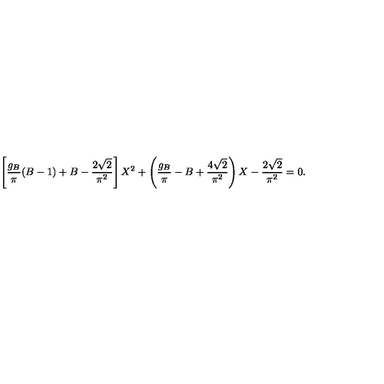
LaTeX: \left[ { \frac { g _ { B } } { \pi } } ( B - 1 ) + B - { \frac { 2 \sqrt { 2 } } { \pi ^ { 2 } } } \right] X ^ { 2 } + \left( { \frac { g _ { B } } { \pi } } - B + { \frac { 4 \sqrt { 2 } } { \pi ^ { 2 } } } \right) X - { \frac { 2 \sqrt { 2 } } { \pi ^ { 2 } } } = 0 .